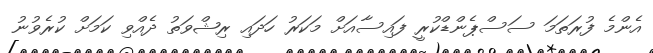
އެންމެ ފުރަތަމަ ސަސްޕެންޑްކުރީ ފައިސާއަށް މަކަރު ހަދައި ރިޝްވަތު ދެއްވި ކަމަށް ކުރެވުނު